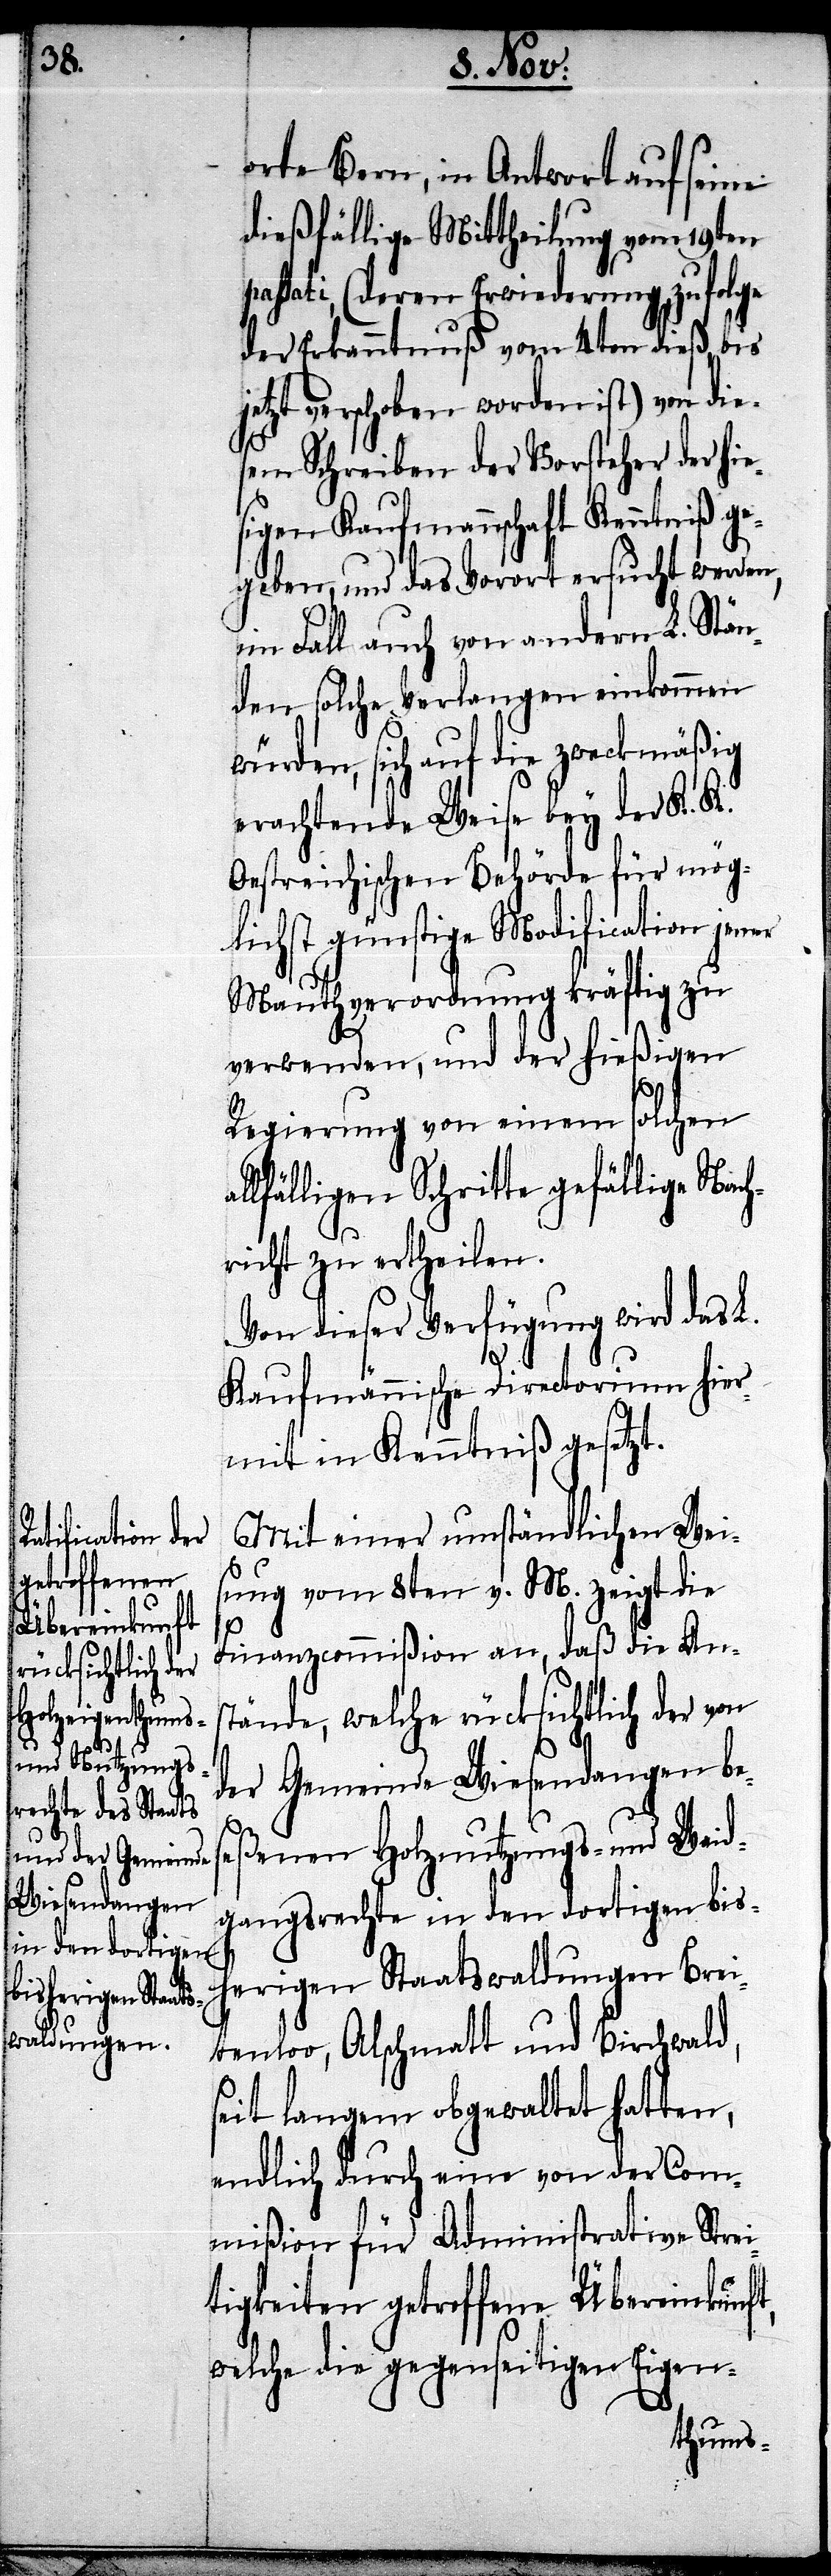
orte Bern, in Antwort auf seine
dießfällige Mittheilung vom 19ten
passati, (deren Erwiederung zufolge
der Erkanntnuß vom 4ten dieß bis
etzt verschoben worden ist) von die¬
sem Schreiben der Vorsteher der hie¬
sigen Kaufmannschaft Kenntniß ge¬
geben, und das Vorort ersucht werden,
im Fall auch von andern L. Stän¬
den solche Verlangen einkommen
würden, sich auf die zweckmäßig
erachtende Weise bey der K. K.
Oestreichischen Behörde für mög¬
lichst günstige Modification jener
Mauthverordnung kräftig zu
verwenden, und der hießigen
Regierung von einem solchen
lfälligen Schritte gefällige Nach¬
richt zu ertheilen.
Von dieser Verfügung wird das L.
Kaufmännische Directorium hier¬
mit in Kenntniß gesetzt.
Mit einer umständlichen Weis¬
ung vom 8ten v. M. zeigt die
Finanzcommißion an, daß die Ans¬
tände, welche rücksichtlich der von
der Gemeinde Wiesendangen be¬
seßenen Holznutzungs- und Waid¬
gangsrechte in den dortigen bish¬
erigen Staatswaldungen Brei¬
tenloo, Alschmatt und Birchwald,
seit langem obgewaltet hatten,
endlich durch eine von der Com¬
mißion für Administrative Strei¬
tigkeiten getroffene Übereinkunft,
welche die gegenseitigen Eigen-
l¬